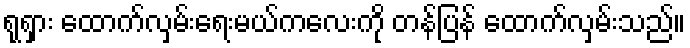
ရုရှား ထောက်လှမ်းရေးမယ်ကလေးကို တန်ပြန် ထောက်လှမ်းသည်။